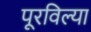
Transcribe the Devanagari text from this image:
पूरविल्या